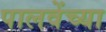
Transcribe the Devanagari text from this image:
पालवेंच्या